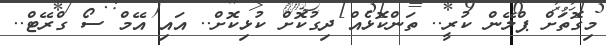
މިގޮތަށް ޕްލޭން ކުރީ.. ތަންކޮޅެއް ދިގުކޮށް ކުޅިކޮށް.. އައި އޭމް ސޯ ގްރޭޓް..